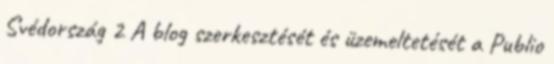
Svédország 2 A blog szerkesztését és üzemeltetését a Publio